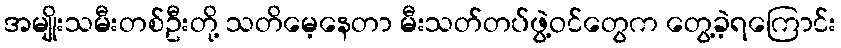
အမျိုးသမီးတစ်ဦးတို့ သတိမေ့နေတာ မီးသတ်တပ်ဖွဲ့ဝင်တွေက တွေ့ခဲ့ရကြောင်း